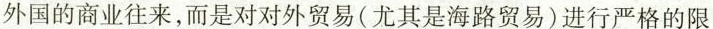
外国的商业往来，而是对对外贸易(尤其是海路贸易)进行严格的限